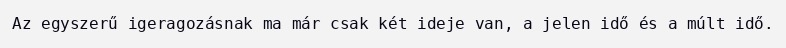
Az egyszerű igeragozásnak ma már csak két ideje van, a jelen idő és a múlt idő.